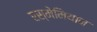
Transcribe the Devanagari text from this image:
रस्मेमियान